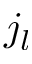
j _ { l }